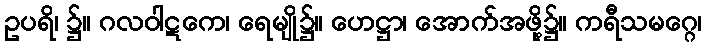
ဥပရိ၊ ၌။ ဂလဝါဋကေ၊ ရေမျို၌။ ဟေဋ္ဌာ၊ အောက်အဖို့၌။ ကရီသမဂ္ဂေ၊